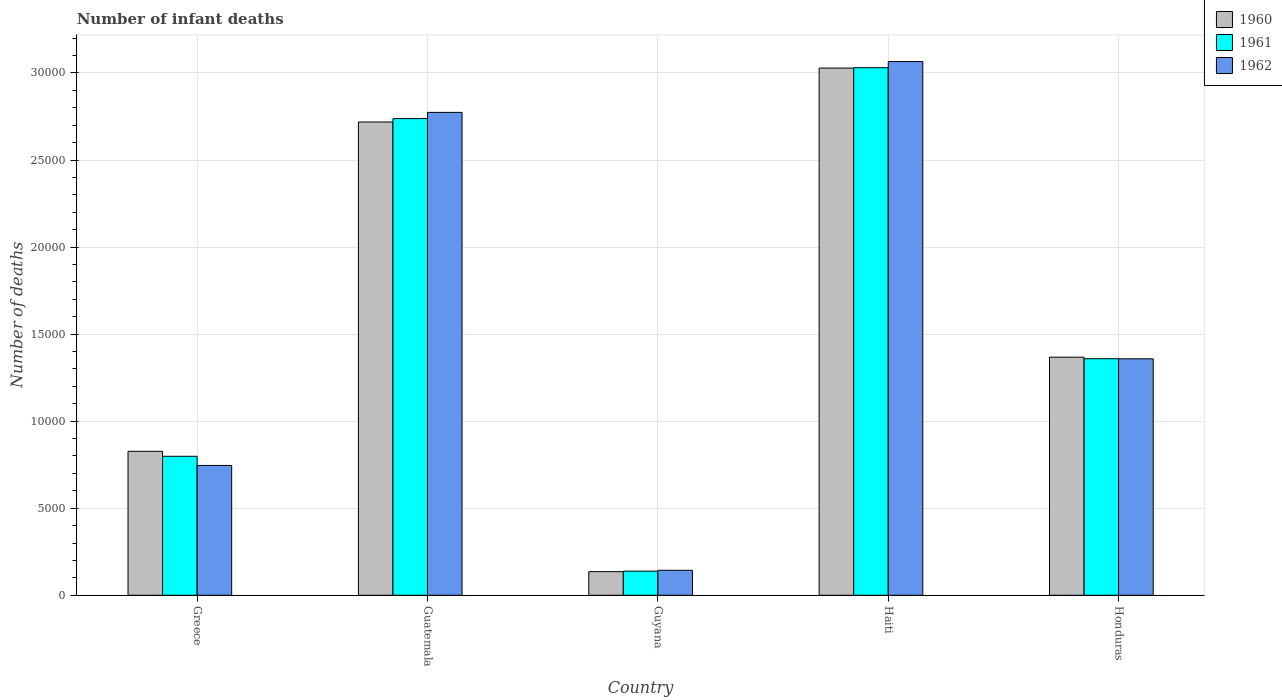
| Country | 1960 | 1961 | 1962 |
 | --- | --- | --- | --- |
 | Greece | 8.27e+03 | 7.98e+03 | 7.46e+03 |
 | Guatemala | 2.72e+04 | 2.74e+04 | 2.77e+04 |
 | Guyana | 1.36e+03 | 1.39e+03 | 1.43e+03 |
 | Haiti | 3.03e+04 | 3.03e+04 | 3.07e+04 |
 | Honduras | 1.37e+04 | 1.36e+04 | 1.36e+04 |